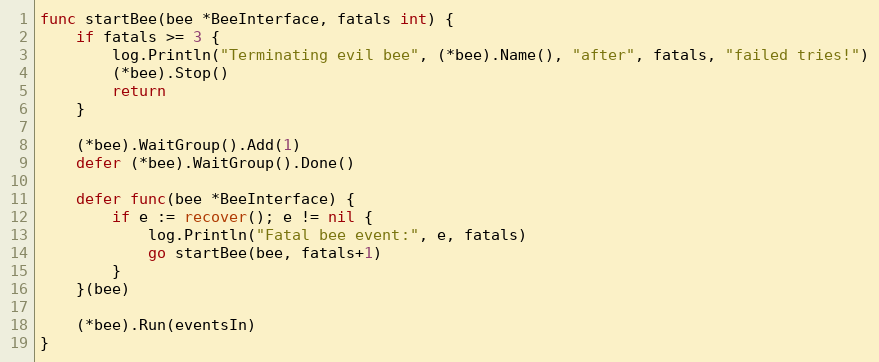
Language: Go
func startBee(bee *BeeInterface, fatals int) {
	if fatals >= 3 {
		log.Println("Terminating evil bee", (*bee).Name(), "after", fatals, "failed tries!")
		(*bee).Stop()
		return
	}

	(*bee).WaitGroup().Add(1)
	defer (*bee).WaitGroup().Done()

	defer func(bee *BeeInterface) {
		if e := recover(); e != nil {
			log.Println("Fatal bee event:", e, fatals)
			go startBee(bee, fatals+1)
		}
	}(bee)

	(*bee).Run(eventsIn)
}